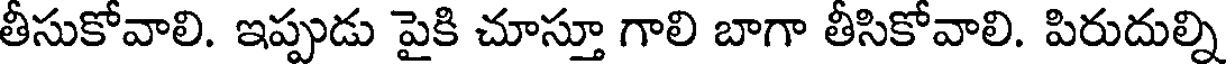
తీసుకోవాలి. ఇప్పుడు పైకి చూస్తూ గాలి బాగా తీసికోవాలి. పిరుదుల్ని